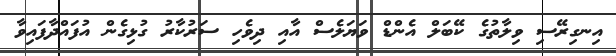
އިނގިރޭސި ވިލާތުގެ ކޭބަލް އެންޑް ވަޔަލެސް އާއި ދިވެހި ސަރުކާރު ގުޅިގެން އުފައްދާފައިވާ